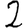
Digit: 2